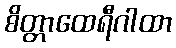
စိတ္တာထေရီဂါထာ